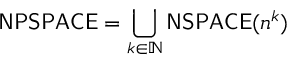
{ \mathsf { N P S P A C E } } = \bigcup _ { k \in \mathbb { N } } { \mathsf { N S P A C E } } ( n ^ { k } )